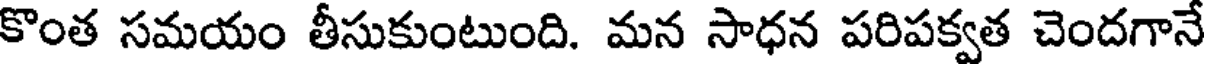
కొంత సమయం తీసుకుంటుంది. మన సాధన పరిపక్వత చెందగానే